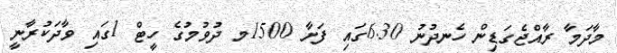
މާދަމާ ރާއްޖެގަޑިން ހެނދުނު 6.30ގައި ފަށާ 1500މ ދުވުމުގެ ހީޓް 1ގައި ވާދަކުރާނީ